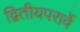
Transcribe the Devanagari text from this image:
द्वितीयपरार्वे